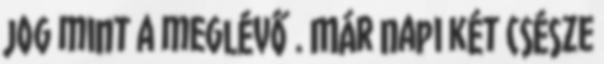
jog mint a meglévő . Már napi két csésze